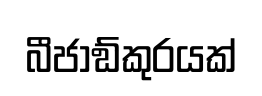
බීජාඞ්කුරයක්